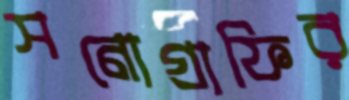
সনোগ্রাফির